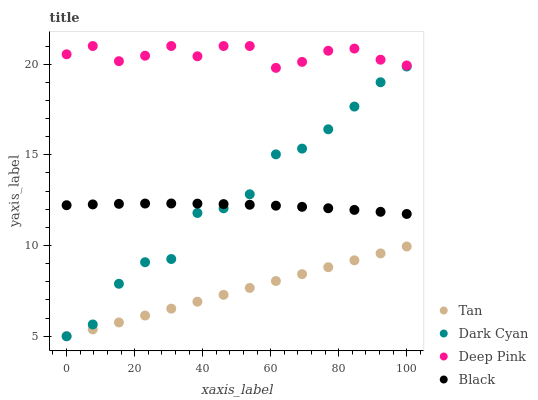
| xaxis_label | Tan | Dark Cyan | Deep Pink | Black |
 | --- | --- | --- | --- | --- |
 | 0 | 5 | 5 | 20.5 | 12.2 |
 | 7.69 | 5.38 | 5.65 | 21 | 12.3 |
 | 15.4 | 5.76 | 7.89 | 20.2 | 12.3 |
 | 23.1 | 6.14 | 9.08 | 20.5 | 12.3 |
 | 30.8 | 6.52 | 9.26 | 21 | 12.3 |
 | 38.5 | 6.9 | 11.8 | 20.4 | 12.3 |
 | 46.2 | 7.28 | 12.1 | 21 | 12.3 |
 | 53.8 | 7.66 | 12.8 | 21 | 12.2 |
 | 61.5 | 8.05 | 15 | 19.8 | 12.2 |
 | 69.2 | 8.43 | 15.3 | 20.1 | 12.1 |
 | 76.9 | 8.81 | 16.4 | 20.7 | 12.1 |
 | 84.6 | 9.19 | 17.7 | 20.9 | 12 |
 | 92.3 | 9.57 | 19 | 20.2 | 11.9 |
 | 100 | 9.95 | 19.9 | 19.9 | 11.7 |